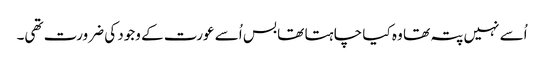
اُسے نہیں پتہ تھا وہ کیا چا ہتا تھا بس اُسے عورت کے وجود کی ضرورت تھی۔